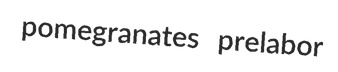
pomegranates prelabor